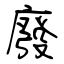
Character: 廢